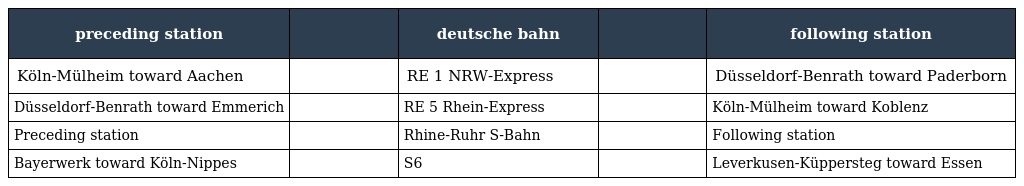
| preceding station |  | deutsche bahn |  | following station |
 | --- | --- | --- | --- | --- |
 | Köln-Mülheim toward Aachen |  | RE 1 NRW-Express |  | Düsseldorf-Benrath toward Paderborn |
 | Düsseldorf-Benrath toward Emmerich |  | RE 5 Rhein-Express |  | Köln-Mülheim toward Koblenz |
 | Preceding station |  | Rhine-Ruhr S-Bahn |  | Following station |
 | Bayerwerk toward Köln-Nippes |  | S6 |  | Leverkusen-Küppersteg toward Essen |